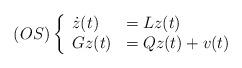
LaTeX: \begin{align*} (OS)\left\{ \begin{array}{ll} \dot{z}(t)&=Lz(t)\\ Gz(t)&=Qz(t)+v(t)\\ \end{array} \right.\end{align*}